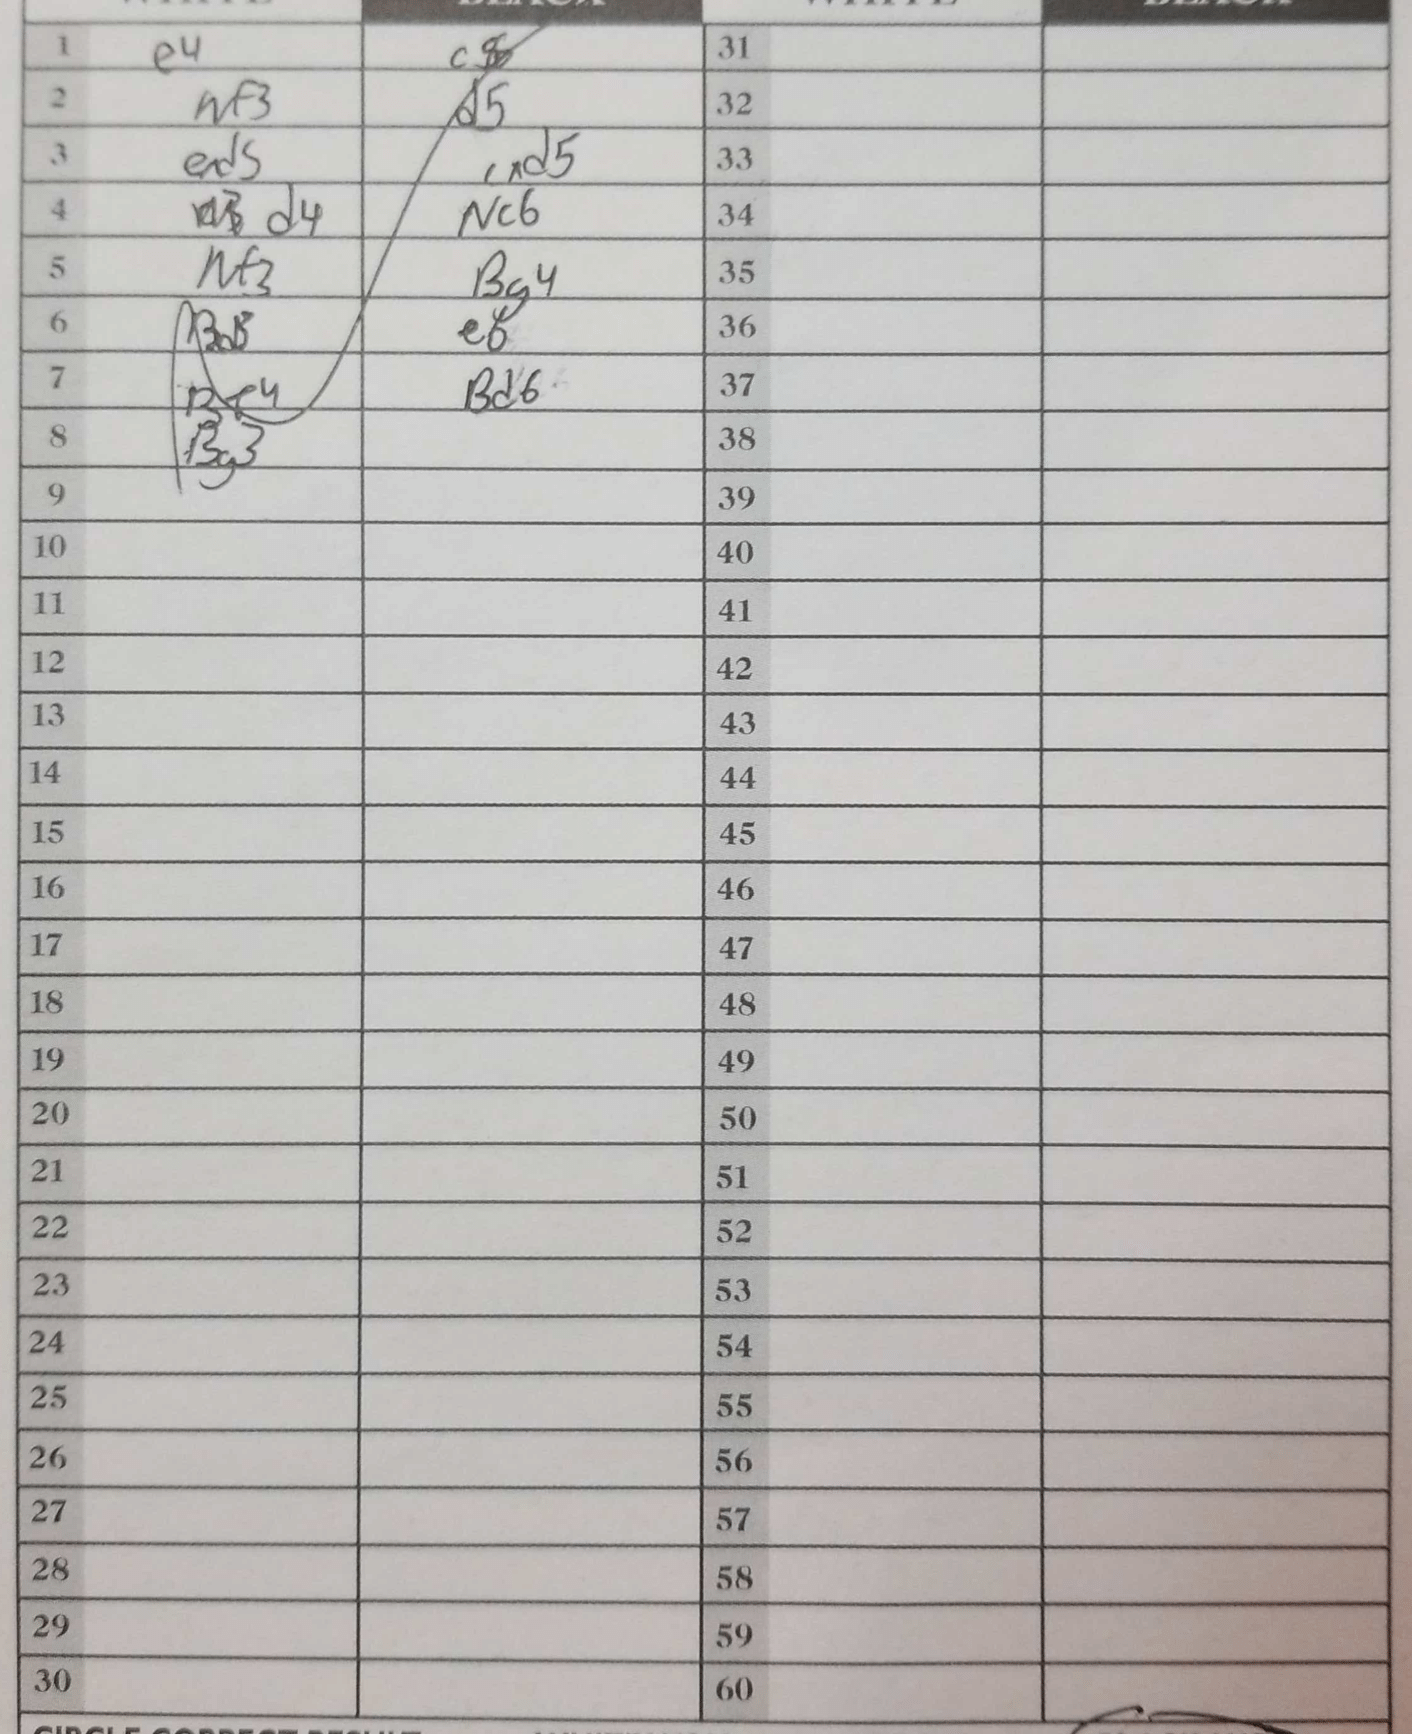
Moves: e4 c5 Nf3 d5 exd5 cxd5 d4 Nc6 Nf3 Bg4 Bd3 e6 Be4 Bd6 Bg3